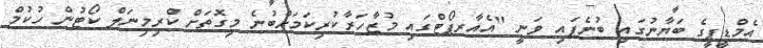
އެމްޑީޕީގެ ބަޔާނުގައި ބުނެފައި ވަނީ "އެއާރޕޯޓްގައި މުޒާހަރާކުރިކަމަށްބުނެ މިގޮތަށް ކްރިމިނަލް ކޯޓުން ހުކުމް